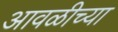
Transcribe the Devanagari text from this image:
आवळीच्या